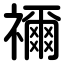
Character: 禰